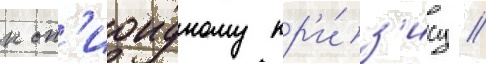
к оп'иоидному кр'и́з'ису //